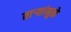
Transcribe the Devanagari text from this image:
तार्‍यांमुळे